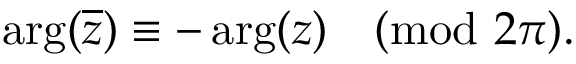
\quad \arg ( { \overline { { z } } } ) \equiv - \arg ( z ) { \pmod { 2 \pi } } .